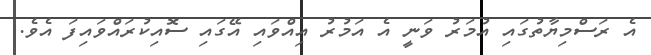
އެ ރަސްމިޔާތުގައި އުމަރު ވަނީ އެ އަމުރު އިއްވައި އޭގައި ސޮއިކުރައްވައިފަ އެވެ.